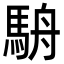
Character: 𩢸